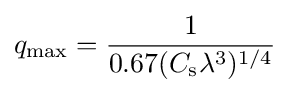
q_{\max }={\frac {1}{0.67(C_{\text{s}}\lambda ^{3})^{1/4}}}